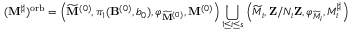
( { \bf M } ^ { \sharp } ) ^ { \mathrm { o r b } } = \left( \widetilde { { \bf M } } ^ { ( 0 ) } , \pi _ { 1 } ( { \bf B } ^ { ( 0 ) } , b _ { 0 } ) , \varphi _ { \widetilde { { \bf M } } ^ { ( 0 ) } } , { \bf M } ^ { ( 0 ) } \right) \bigcup _ { 1 \leq i \leq s } \left( \widetilde { M } _ { i } , { \bf Z } / N _ { i } { \bf Z } , \varphi _ { \widetilde { M } _ { i } } , M _ { i } ^ { \sharp } \right)